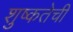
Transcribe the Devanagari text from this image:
शुष्कतेची